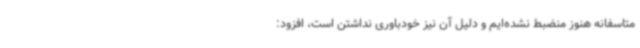
متاسفانه هنوز منضبط نشده‌ایم و دلیل آن نیز خودباوری نداشتن است، افزود: